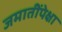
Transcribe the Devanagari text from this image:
जमातींपेक्षा